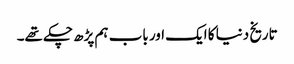
تاریخ دنیا کا ایک اور باب ہم پڑھ چکے تھے۔